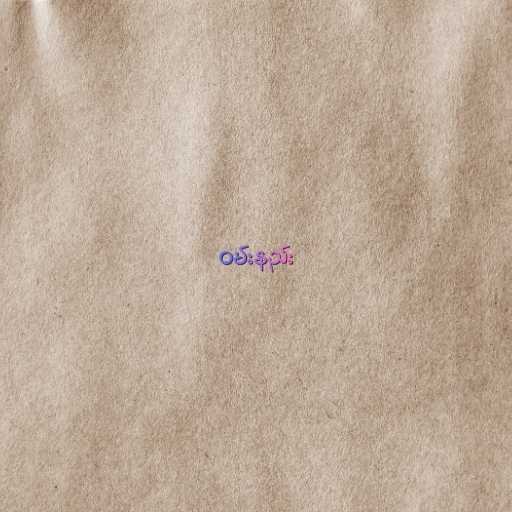
ဝမ်းနည်း